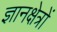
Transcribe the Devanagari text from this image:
ज्ञानक्षेत्रों